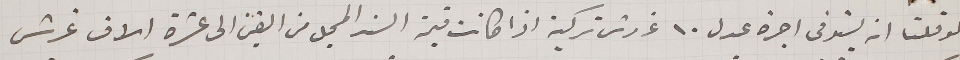
لو قلنا انه يستوفى اجرة عدل ١٠ غروش تركية اذا كانت قيمة ان السند من الفين الى عشرة الاف غرش